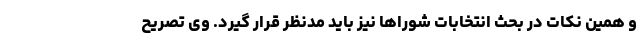
و همین نکات در بحث انتخابات شوراها نیز باید مدنظر قرار گیرد. وی تصریح